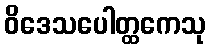
ဝိဒေသပေါတ္ထကေသု